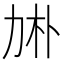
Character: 𠡙